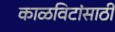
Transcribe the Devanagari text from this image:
काळविटांसाठी